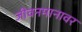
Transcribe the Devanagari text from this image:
जीवनमानावर